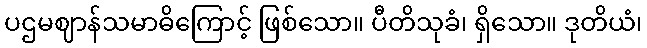
ပဌမဈာန်သမာဓိကြောင့် ဖြစ်သော။ ပီတိသုခံ၊ ရှိသော။ ဒုတိယံ၊